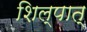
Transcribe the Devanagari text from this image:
शिल्पात्